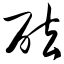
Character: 砝